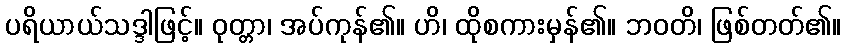
ပရိယာယ်သဒ္ဒါဖြင့်။ ဝုတ္တာ၊ အပ်ကုန်၏။ ဟိ၊ ထိုစကားမှန်၏။ ဘဝတိ၊ ဖြစ်တတ်၏။